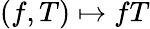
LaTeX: (f,T)\mapsto fT